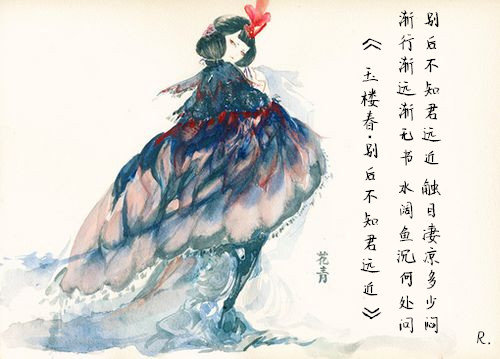
君埋泉下泥销骨，我寄人间雪满头。